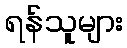
ရန်သူများ